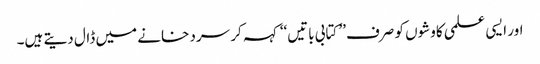
اور ایسی علمی کاوشوں کو صرف’’ کتابی باتیں‘‘ کہہ کر سرد خانے میں ڈال دیتے ہیں۔